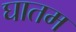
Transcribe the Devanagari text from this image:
घातम